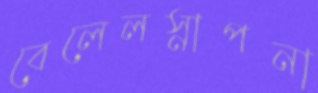
বেলেলস্নাপনা